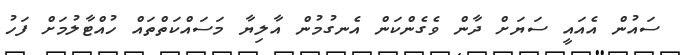
ސައުން އެއައީ ސަޔަށް ދާން ވެގެންކަން އެނގުމުން އާލިޔާ މަސައްކަތްތައް ހުއްޓާލުމަށް ފަހު